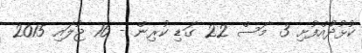
ކުޅުދުއްފުށި 3 މަސް 22 ގަޑި ކުރިން - 16 ޖުލައި 2015